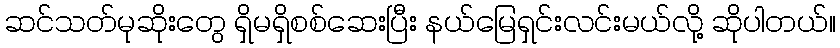
ဆင်သတ်မုဆိုးတွေ ရှိမရှိစစ်ဆေးပြီး နယ်မြေရှင်းလင်းမယ်လို့ ဆိုပါတယ်။